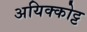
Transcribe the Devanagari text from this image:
अयिक्कोट्ट